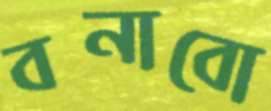
বনাবো